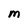
Character: m